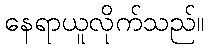
နေရာယူလိုက်သည်။